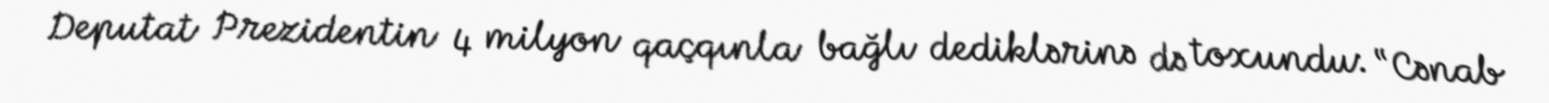
Deputat Prezidentin 4 milyon qaçqınla bağlı dediklərinə də toxundu: “Cənab